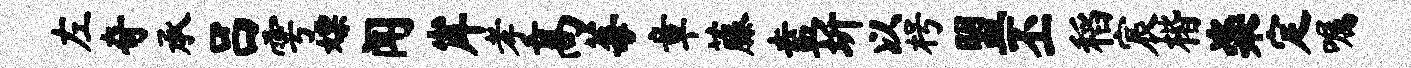
左奇承吕雩嫖闻岸孝高莓章藤盍圻以枵盟丕稻宸楷粢定嘱